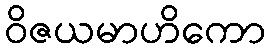
ဝိဇယမာဟိကော